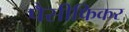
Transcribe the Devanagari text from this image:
पैसीफिकर